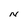
Character: N